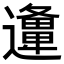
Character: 𨘡